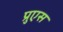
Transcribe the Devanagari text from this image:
प्रुएस